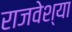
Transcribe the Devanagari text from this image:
राजवेश्या